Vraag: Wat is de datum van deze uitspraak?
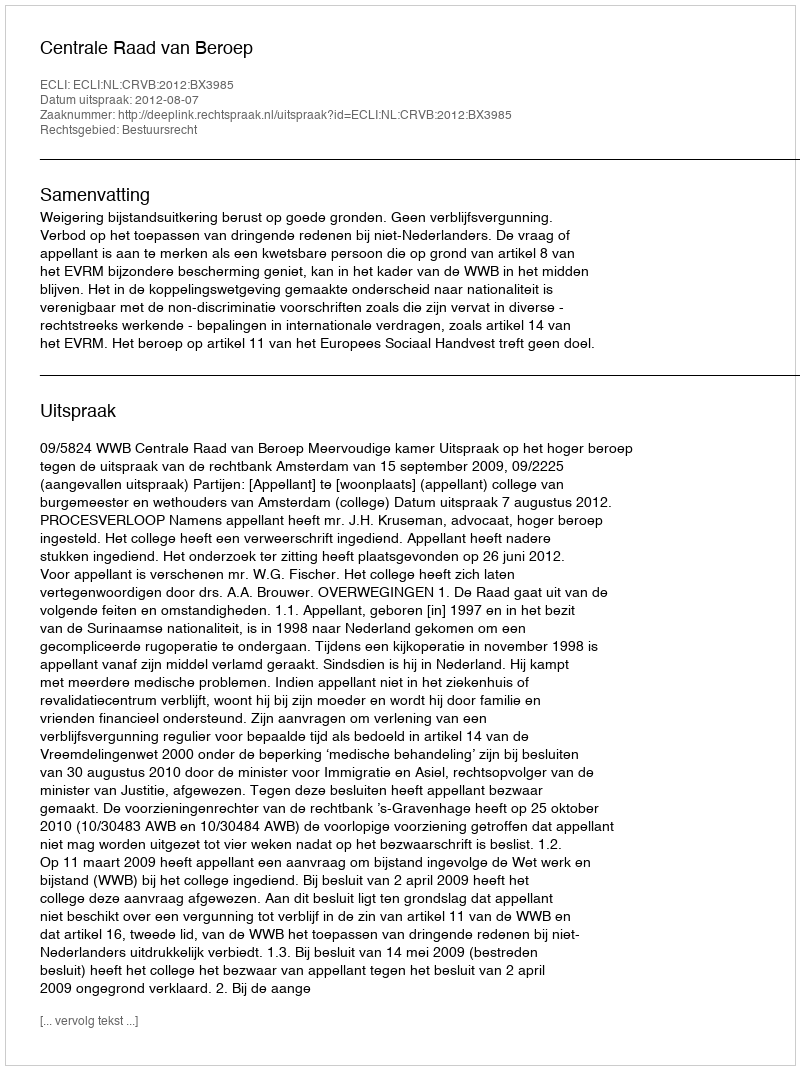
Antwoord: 2012-08-07